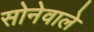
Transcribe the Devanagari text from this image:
सोनेवाले